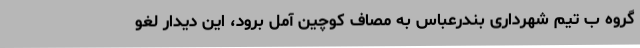
گروه ب تیم شهرداری بندرعباس به مصاف کوچین آمل برود، این دیدار لغو